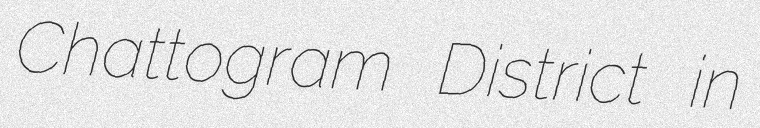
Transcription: Chattogram District in